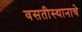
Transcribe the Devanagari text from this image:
वसतीस्थानाचे